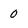
Character: 0